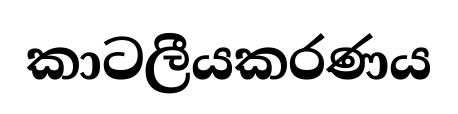
කාටලීයකරණය